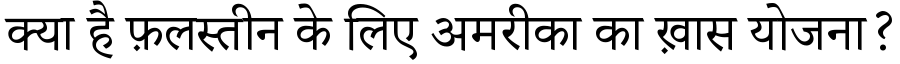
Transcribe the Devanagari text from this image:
क्या है फ़लस्तीन के लिए अमरीका का ख़ास योजना?